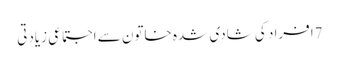
7افراد کی شادی شدہ خاتون سے اجتماعی زیادتی